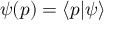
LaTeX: \psi ( p ) = \langle p | \psi \rangle